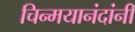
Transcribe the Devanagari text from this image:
चिन्मयानंदांनी